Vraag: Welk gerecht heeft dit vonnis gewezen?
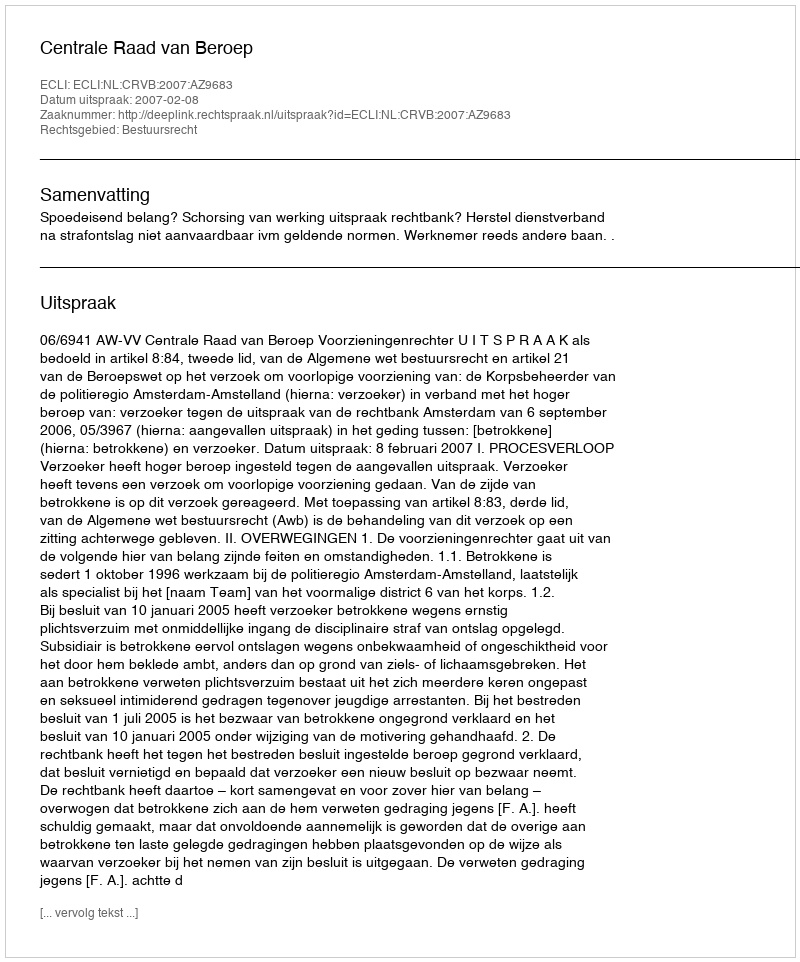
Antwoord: Centrale Raad van Beroep